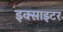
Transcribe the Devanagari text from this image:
इक्साइटर